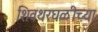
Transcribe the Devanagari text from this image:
शिवथरघळीच्या